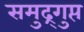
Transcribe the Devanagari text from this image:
समुद्र्गुप्त